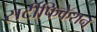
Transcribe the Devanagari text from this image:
सर्टीफिकेशन